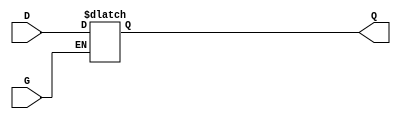
module GatedTransparentLatch (
    input wire D,      // Data Input
    input wire G,      // Enable Signal
    output reg Q       // Output
);

// Always block that triggers on the change of G or D
always @ (G or D) begin
    if (G) begin
        // When G is HIGH, Q follows D (transparent state)
        Q <= D;
    end
    // When G is LOW, Q retains its last value (latched state)
end

endmodule